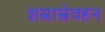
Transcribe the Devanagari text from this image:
शस्त्रास्त्रेवहन